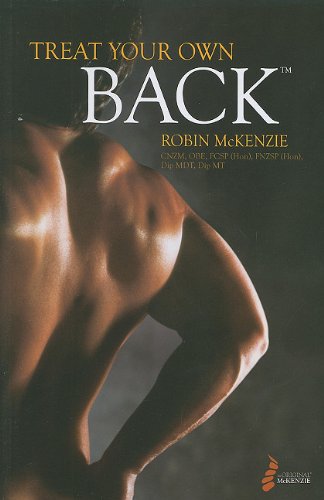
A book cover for Treat Your Own Back 9th Ed (802-9); Robin A McKenzie; Health, Fitness & Dieting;